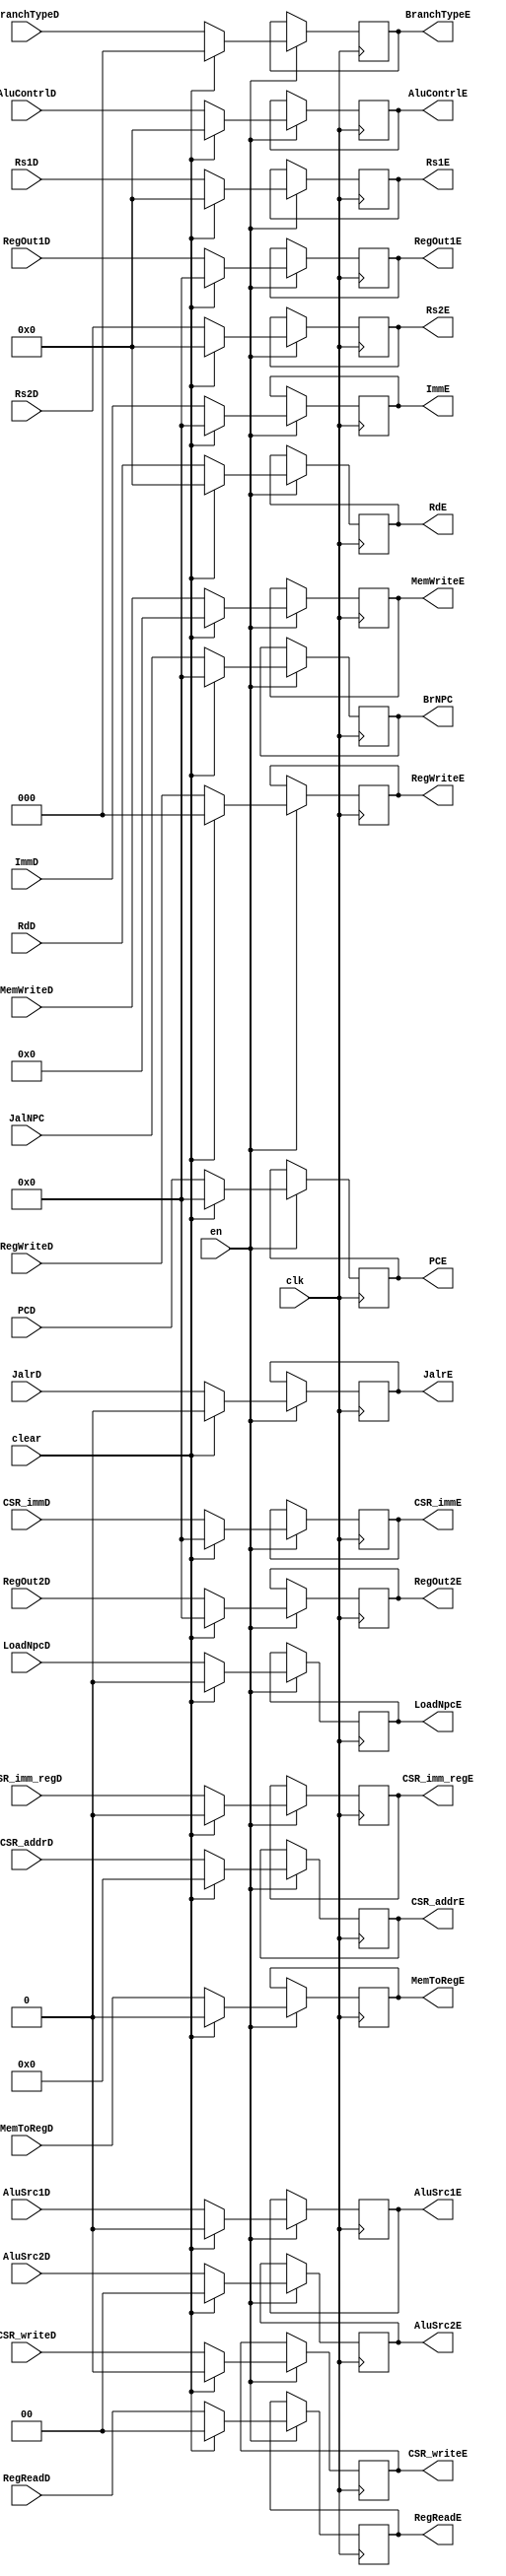
`timescale 1ns / 1ps
//////////////////////////////////////////////////////////////////////////////////
// Company: USTC ESLAB 
// 
// Design Name: RISCV-Pipline CPU
// Module Name: EXSegReg
// Target Devices: Nexys4
// Tool Versions: Vivado 2017.4.1
// Description: ID-EX Segment Register
//////////////////////////////////////////////////////////////////////////////////
//
    //EN==0?
//  
    //

module EXSegReg(
    input wire clk,
    input wire en,
    input wire clear,
    //Data Signals
    input wire [31:0] PCD,
    output reg [31:0] PCE, 
    input wire [31:0] JalNPC,
    output reg [31:0] BrNPC, 
    input wire [31:0] ImmD,
    output reg [31:0] ImmE,
    input wire [4:0] RdD,
    output reg [4:0] RdE,
    input wire [4:0] Rs1D,
    output reg [4:0] Rs1E,
    input wire [4:0] Rs2D,
    output reg [4:0] Rs2E,
    input wire [31:0] RegOut1D,
    output reg [31:0] RegOut1E,
    input wire [31:0] RegOut2D,
    output reg [31:0] RegOut2E,
    //Control Signals
    input wire JalrD,
    output reg JalrE,
    input wire [2:0] RegWriteD,
    output reg [2:0] RegWriteE,
    input wire MemToRegD,
    output reg MemToRegE,
    input wire [3:0] MemWriteD,
    output reg [3:0] MemWriteE,
    input wire LoadNpcD,
    output reg LoadNpcE,
    input wire [1:0] RegReadD,
    output reg [1:0] RegReadE, 
    input wire [2:0] BranchTypeD,
    output reg [2:0] BranchTypeE,
    input wire [4:0] AluContrlD,
    output reg [4:0] AluContrlE,
    input wire AluSrc1D,
    output reg AluSrc1E,
    input wire [1:0] AluSrc2D,
    output reg [1:0] AluSrc2E,
    input wire CSR_writeD,      //CSR?
    output reg CSR_writeE,
    input wire CSR_imm_regD,
    output reg CSR_imm_regE,
    input wire[31:0] CSR_immD,
    output reg[31:0] CSR_immE,
    input wire[11:0] CSR_addrD,
    output reg[11:0] CSR_addrE
    );
    initial begin
        PCE        = 32'b0; 
        BrNPC      = 32'b0; 
        ImmE       = 32'b0;
        RdE        = 32'b0;
        Rs1E       = 5'b0;
        Rs2E       = 5'b0;
        RegOut1E   = 32'b0;
        RegOut2E   = 32'b0;
        JalrE      = 1'b0;
        RegWriteE  = 1'b0;
        MemToRegE  = 1'b0;
        MemWriteE  = 1'b0;
        LoadNpcE   = 1'b0;
        RegReadE   = 2'b00;
        BranchTypeE = 3'b0;
        AluContrlE = 5'b0;
        AluSrc1E   = 1'b0; 
        AluSrc2E   = 2'b0; 
        CSR_writeE = 1'b0;
        CSR_imm_regE = 1'b0;
        CSR_immE = 32'b0;
        CSR_addrE = 12'b0;
    end
    //
    always@(posedge clk) begin
        if(en)
            if(clear)
                begin
                PCE<=32'b0; 
                BrNPC<=32'b0; 
                ImmE<=32'b0;
                RdE<=32'b0;
                Rs1E<=5'b0;
                Rs2E<=5'b0;
                RegOut1E<=32'b0;
                RegOut2E<=32'b0;
                JalrE<=1'b0;
                RegWriteE<=1'b0;
                MemToRegE<=1'b0;
                MemWriteE<=1'b0;
                LoadNpcE<=1'b0;
                RegReadE<=2'b00;
                BranchTypeE = 3'b0;
                AluContrlE<=5'b0;
                AluSrc1E<=1'b0; 
                AluSrc2E<=2'b0;
                CSR_writeE <= 1'b0;
                CSR_imm_regE <= 1'b0; 
                CSR_immE <= 32'b0;
                CSR_addrE <= 12'b0;    
            end else begin
                PCE<=PCD; 
                BrNPC<=JalNPC; 
                ImmE<=ImmD;
                RdE<=RdD;
                Rs1E<=Rs1D;
                Rs2E<=Rs2D;
                RegOut1E<=RegOut1D;
                RegOut2E<=RegOut2D;
                JalrE<=JalrD;
                RegWriteE=RegWriteD;
                MemToRegE<=MemToRegD;
                MemWriteE<=MemWriteD;
                LoadNpcE<=LoadNpcD;
                RegReadE<=RegReadD;
                BranchTypeE = BranchTypeD;
                AluContrlE<=AluContrlD;
                AluSrc1E<=AluSrc1D;
                AluSrc2E<=AluSrc2D;  
                CSR_writeE <= CSR_writeD;
                CSR_imm_regE <= CSR_imm_regD;    
                CSR_addrE <= CSR_addrD;
                CSR_immE <= CSR_immD;
            end
        end
    
endmodule